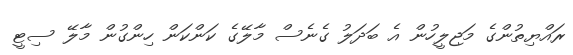
ރައްޔިތުންގެ މަޖިލީހުން އެ ބަދަލު ގެނެސް މާލޭގެ ކަންކަން ހިންގުން މާލޭ ސިޓީ